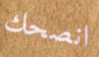
انصحك